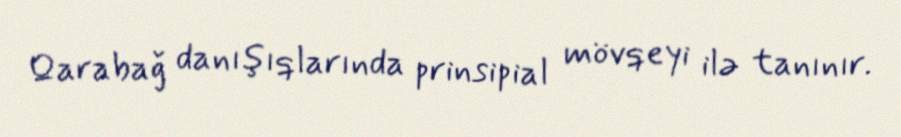
Qarabağ danışıqlarında prinsipial mövqeyi ilə tanınır.